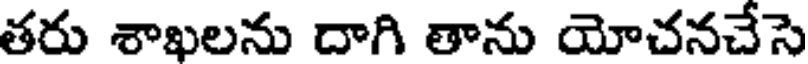
తరు శాఖలను దాగి తాను యోచనచేసె